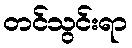
တင်သွင်းရာ